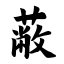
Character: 蔽